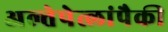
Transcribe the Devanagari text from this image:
अल्तेपेत्लांपैकी